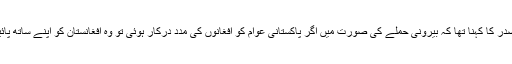
افغان صدر کا کہنا تھا کہ بیرونی حملے کی صورت میں اگر پاکستانی عوام کو افغانوں کی مدد درکار ہوئی تو وہ افغانستان کو اپنے ساتھ پائیں گے۔